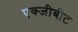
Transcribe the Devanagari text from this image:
एक्जीबीट